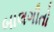
બાલગીતો